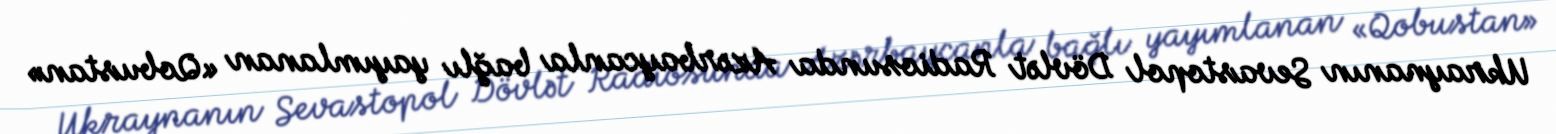
Ukraynanın Sevastopol Dövlət Radiosunda Azərbaycanla bağlı yayımlanan «Qobustan»